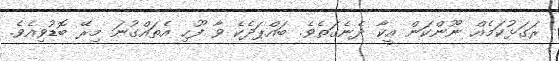
ރަގަޅުކަމެއް ނޫންކަން އީކާ ދެނެގަތެވެ. ބައްޕަދެކެ ވާ ފޫހި އެތައްގުނަ މިރޭ ބޮޑުވިއެވެ.